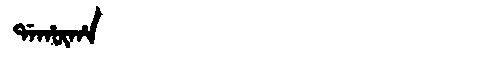
Manchu: ᡩᠠᡥᡡᡥᠠ
Romanization: DAHŪHA